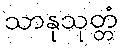
သာနုသုတ္တံ